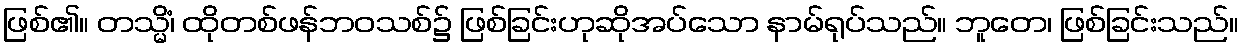
ဖြစ်၏။ တသ္မိံ၊ ထိုတစ်ဖန်ဘဝသစ်၌ ဖြစ်ခြင်းဟုဆိုအပ်သော နာမ်ရုပ်သည်။ ဘူတေ၊ ဖြစ်ခြင်းသည်။